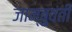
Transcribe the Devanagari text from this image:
जाम्बुवंती